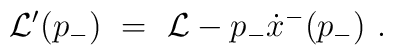
{\cal L}'(p_-)\ =\ {\cal L} - p_- \dot x^-(p_-) \ .